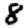
Digit: 8